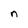
Character: n